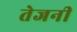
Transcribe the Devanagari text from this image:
तेजनी